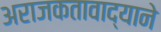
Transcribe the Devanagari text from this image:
अराजकतावाद्याने